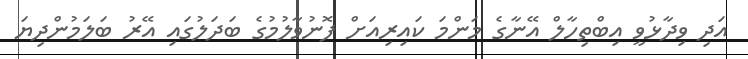
އަދި ވިދާޅުވީ އިބްތިހާލް އޭނާގެ މަންމަ ކައިރިއަށް ފޮނުވާލުމުގެ ބަދަލުގައި އޭރު ބަލަމުންދިޔަ